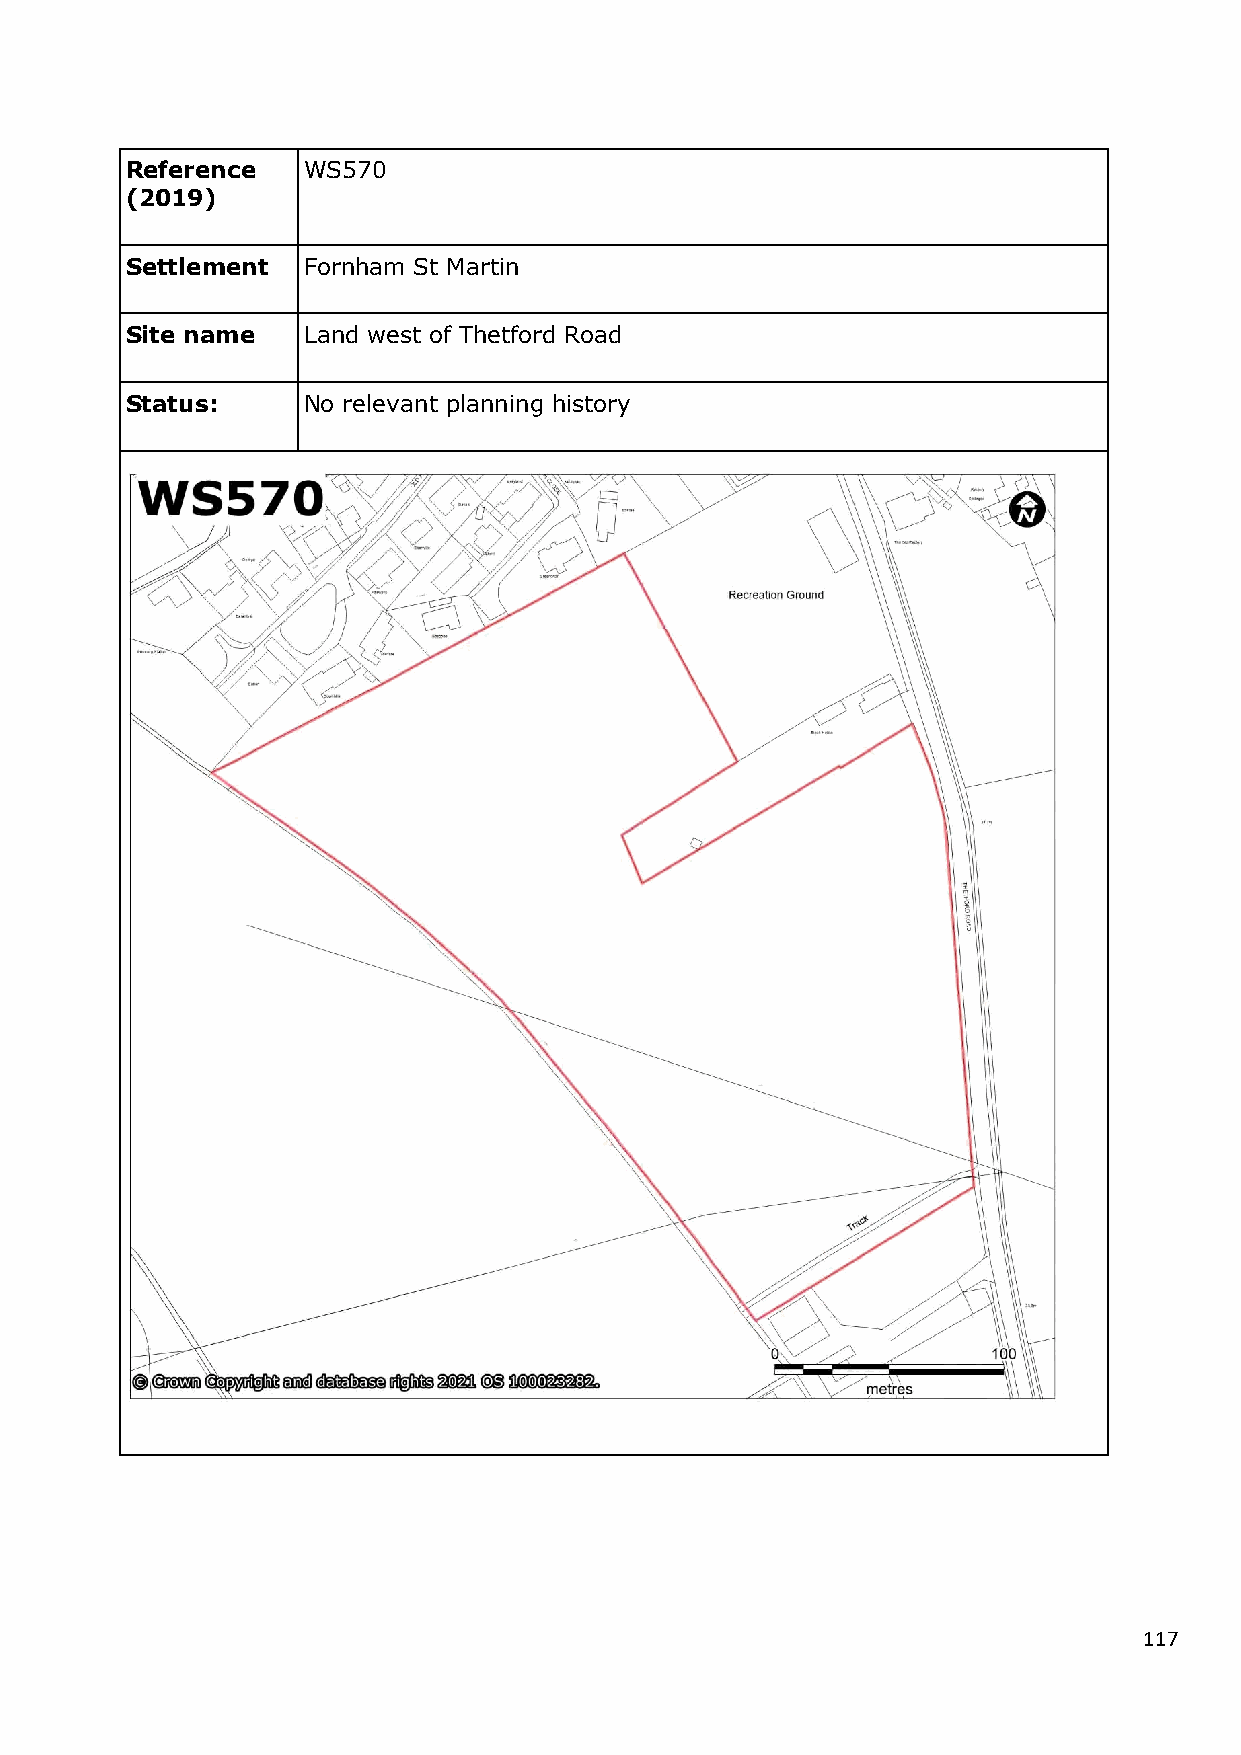
Reference   WS570
 (2019)
 Settlement  Fornham St Martin
 Site name   Land west of Thetford Road
 Status:     No relevant planning history
 117